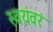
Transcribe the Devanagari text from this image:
स्वयंवरं